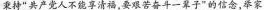
秉持”共产党人不能享清福，要艰苦奋斗-一辈子”的信念，举家